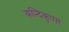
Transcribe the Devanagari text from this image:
कन्दिकुप्पा